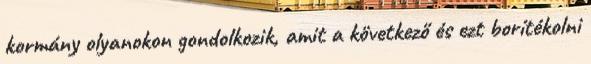
kormány olyanokon gondolkozik, amit a következő és ezt borítékolni